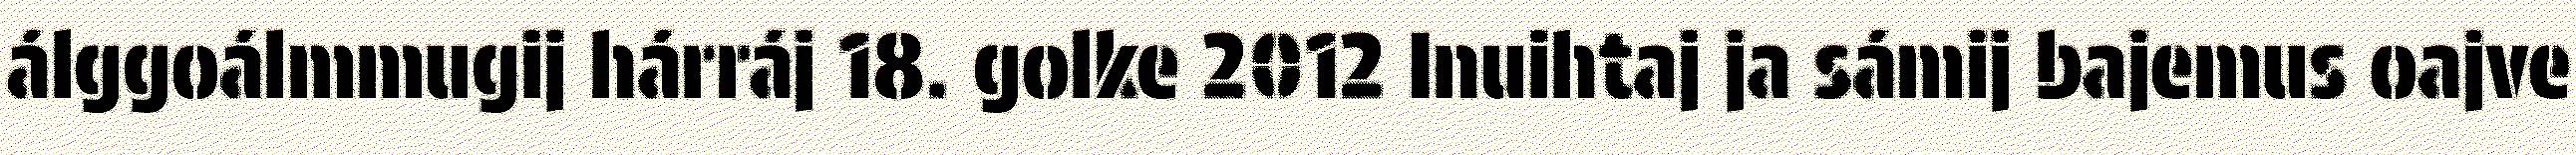
álggoálmmugij hárráj 18. golke 2012 Inuihtaj ja sámij bajemus oajve